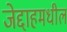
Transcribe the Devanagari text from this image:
जेद्दाहमधील